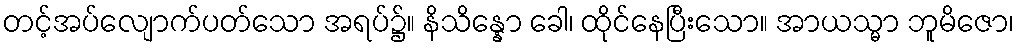
တင့်အပ်လျောက်ပတ်သော အရပ်၌။ နိသိန္နော ခေါ၊ ထိုင်နေပြီးသော။ အာယသ္မာ ဘူမိဇော၊